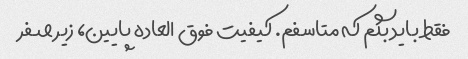
فقط باید بگم که متاسفم. کیفیت فوق العاده پایین، زیر صفر